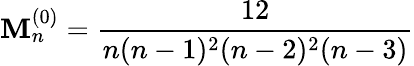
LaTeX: \mathbf{M}_{n}^{(0)}=\frac{{12}}{{n(n-1)^{2}(n-2)^{2}(n-3)}}